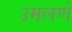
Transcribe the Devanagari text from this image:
उमलणे